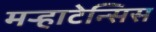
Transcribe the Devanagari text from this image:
मऱ्हाटेन्सिस